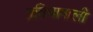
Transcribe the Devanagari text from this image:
प्रतिभाषाली